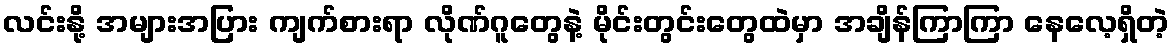
လင်းနို့ အများအပြား ကျက်စားရာ လိုဏ်ဂူတွေနဲ့ မိုင်းတွင်းတွေထဲမှာ အချိန်ကြာကြာ နေလေ့ရှိတဲ့